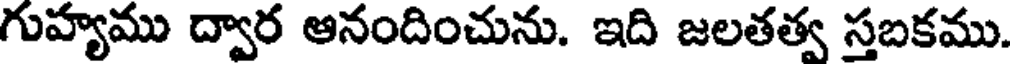
గుహ్యము ద్వార ఆనందించును. ఇది జలతత్వ స్తబకము.